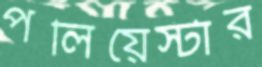
পলিয়েস্টার